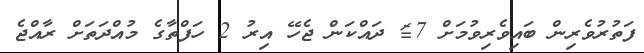
ފަތުރުވެރިން ބައިވެރިވުމަށް 7$ ދައްކަން ޖެހޭ އިރު 2 ހަފްތާގެ މުއްދަތަށް ރާއްޖެ